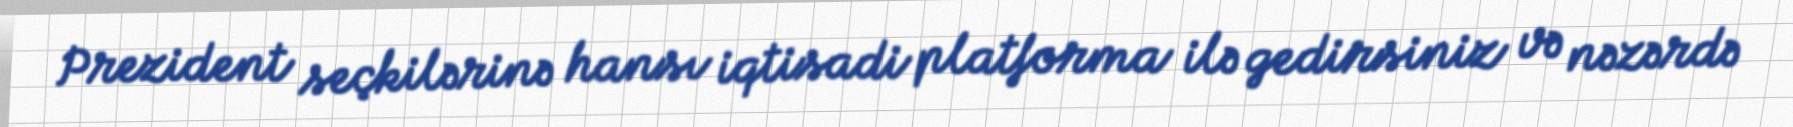
Prezident seçkilərinə hansı iqtisadi platforma ilə gedirsiniz və nəzərdə